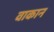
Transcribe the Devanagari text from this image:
वाकान